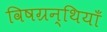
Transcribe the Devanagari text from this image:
विषग्रन्थियाँ